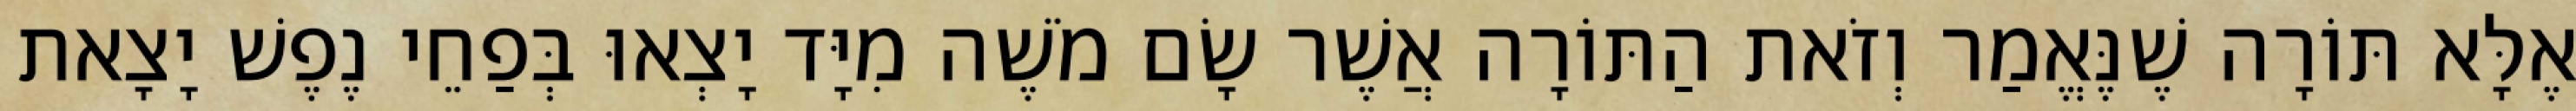
אֶלָּא תּוֹרָה שֶׁנֶּאֱמַר וְזֹאת הַתּוֹרָה אֲשֶׁר שָׂם מֹשֶׁה מִיָּד יָצְאוּ בְּפַחֵי נֶפֶשׁ יָצָאת